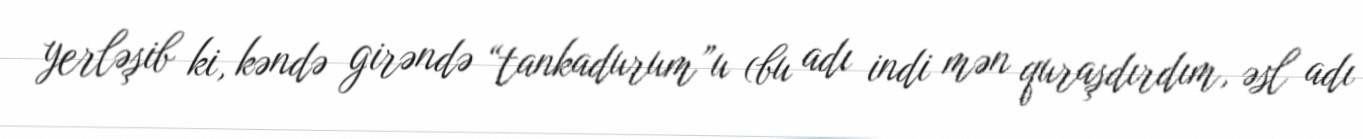
yerləşib ki, kəndə girəndə “tankadurum”u (bu adı indi mən quraşdırdım, əsl adı